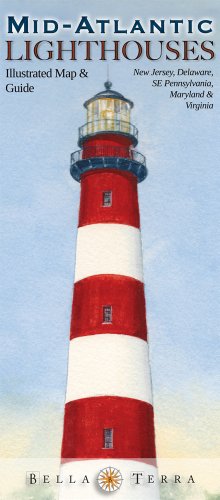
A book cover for Mid-Atlantic Lighthouses: Illustrated Map & Guide; Bella Stander; Travel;